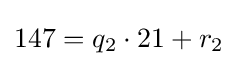
147=q_{2}\cdot 21+r_{2}